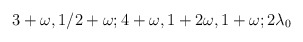
\begin{align*}3+\omega,1/2+\omega;4+\omega,1+2\omega,1+\omega;2\lambda_0\end{align*}